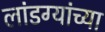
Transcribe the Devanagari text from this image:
लांडग्यांच्या